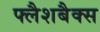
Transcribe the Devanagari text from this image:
फ्लैशबैक्स